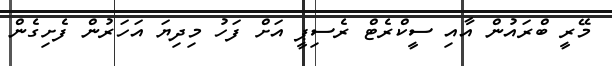
މޭރީ ބްރައުން އާއި ސީކްރެޓް ރެސިޕީ އަށް ފަހު މިދިޔަ އަހަރުން ފެށިގެން